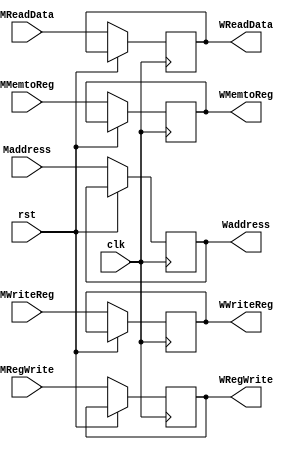
// EECE3324 Computer Architecture
// Advanced Project
// Tim Liming

// MEM/WB Pipeline Register

`timescale 1ns / 1ns

module MEM_WB(MReadData, Maddress, MWriteReg, MRegWrite, MMemtoReg, 
              clk, rst, 
              WReadData, Waddress, WWriteReg, WRegWrite, WMemtoReg);
  
  input [31:0] MReadData, Maddress;
  input [4:0] MWriteReg;
  input MRegWrite, MMemtoReg;
  input clk, rst;
  output reg [31:0] WReadData, Waddress;
  output reg [4:0] WWriteReg;
  output reg WRegWrite, WMemtoReg;
  
  // initialize
  initial begin
    WReadData = 0;
    Waddress = 0;
    WWriteReg = 0;
    WRegWrite = 0;
    WMemtoReg = 0;
  end
  
  always @ (posedge clk or posedge rst) begin
    if (!rst) begin
      WReadData <= MReadData;
      Waddress <= Maddress;
      WWriteReg <= MWriteReg;
      WRegWrite <= MRegWrite;
      WMemtoReg <= MMemtoReg;
    end
  end
  
endmodule